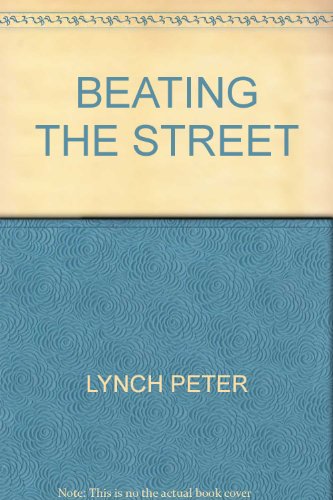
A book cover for BEATING THE STREET; LYNCH PETER; Business & Money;